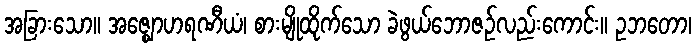
အခြားသော။ အဇ္ဈောဟရဏီယံ၊ စားမျိုထိုက်သော ခဲဖွယ်ဘောဇဉ်လည်းကောင်း။ ဥဘတော၊